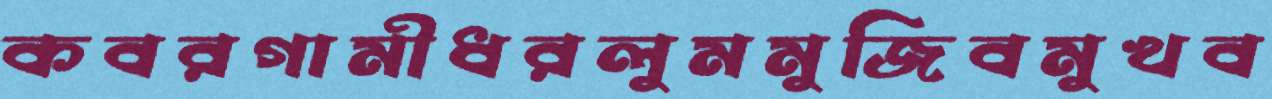
কবরগামীধরলুমমুজিবমুখব